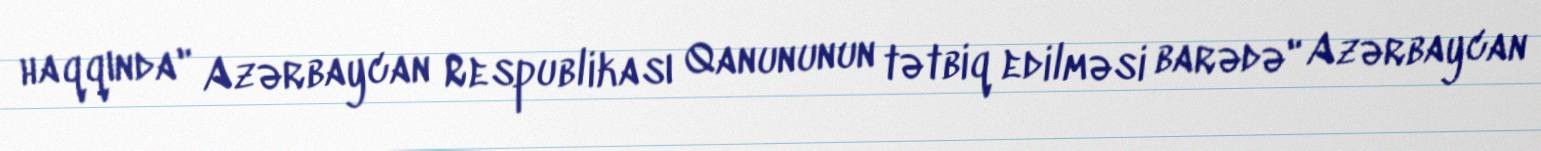
haqqında" Azərbaycan Respublikası Qanununun tətbiq edilməsi barədə" Azərbaycan